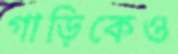
গাড়িকেও